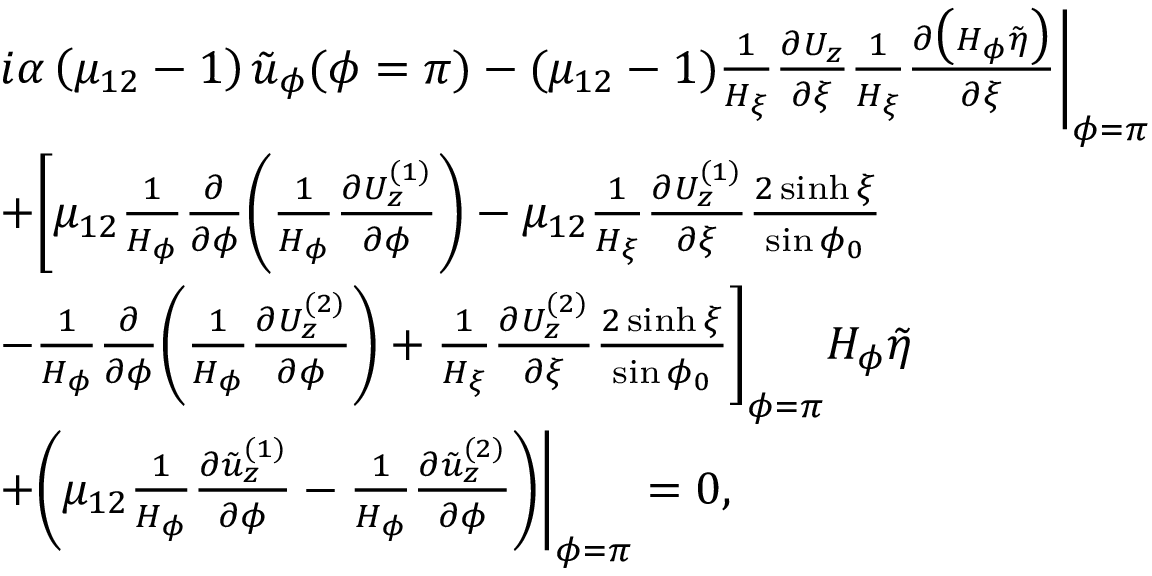
\begin{array} { r } { \begin{array} { r l } & { i \alpha \left( \mu _ { 1 2 } - 1 \right) \tilde { u } _ { \phi } ( \phi = \pi ) - ( \mu _ { 1 2 } - 1 ) \frac { 1 } { H _ { \xi } } \frac { \partial U _ { z } } { \partial \xi } \frac { 1 } { H _ { \xi } } \frac { \partial \big ( H _ { \phi } \tilde { \eta } \big ) } { \partial \xi } \Biggr | _ { \phi = \pi } } \\ & { + \Biggl [ \mu _ { 1 2 } \frac { 1 } { H _ { \phi } } \frac { \partial } { \partial \phi } \biggl ( \frac { 1 } { H _ { \phi } } \frac { \partial U _ { z } ^ { ( 1 ) } } { \partial \phi } \biggr ) - \mu _ { 1 2 } \frac { 1 } { H _ { \xi } } \frac { \partial U _ { z } ^ { ( 1 ) } } { \partial \xi } \frac { 2 \sinh \xi } { \sin \phi _ { 0 } } } \\ & { - \frac { 1 } { H _ { \phi } } \frac { \partial } { \partial \phi } \biggl ( \frac { 1 } { H _ { \phi } } \frac { \partial U _ { z } ^ { ( 2 ) } } { \partial \phi } \biggr ) + \frac { 1 } { H _ { \xi } } \frac { \partial U _ { z } ^ { ( 2 ) } } { \partial \xi } \frac { 2 \sinh \xi } { \sin \phi _ { 0 } } \Biggr ] _ { \phi = \pi } H _ { \phi } \tilde { \eta } } \\ & { + \biggl ( \mu _ { 1 2 } \frac { 1 } { H _ { \phi } } \frac { \partial \tilde { u } _ { z } ^ { ( 1 ) } } { \partial \phi } - \frac { 1 } { H _ { \phi } } \frac { \partial \tilde { u } _ { z } ^ { ( 2 ) } } { \partial \phi } \biggr ) \Biggr | _ { \phi = \pi } = 0 , } \end{array} } \end{array}